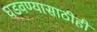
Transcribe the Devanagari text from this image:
घडवण्यासाठीही